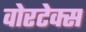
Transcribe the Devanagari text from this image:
वोरटेक्स